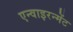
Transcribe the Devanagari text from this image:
एन्वाइरन्मेंट